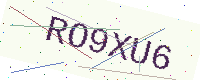
Text: RO9XU6